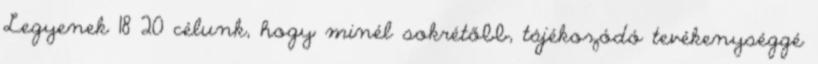
Legyenek 18 20 célunk, hogy minél sokrétőbb, tájékozódó tevékenységgé